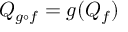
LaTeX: Q _ { g \circ f } = g ( Q _ { f } ) ~